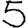
Digit: 5